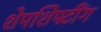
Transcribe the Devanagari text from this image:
शेपशिफ्टींग